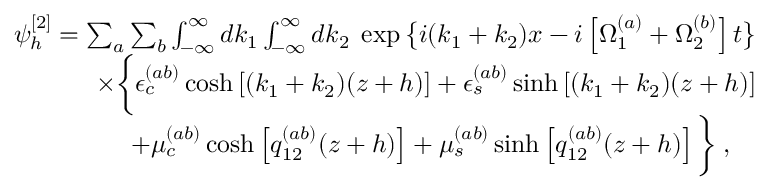
\begin{array} { r l r } & { } & { \psi _ { h } ^ { [ 2 ] } = \sum _ { a } \sum _ { b } \int _ { - \infty } ^ { \infty } d k _ { 1 } \int _ { - \infty } ^ { \infty } d k _ { 2 } \; \exp \big \{ i ( k _ { 1 } + k _ { 2 } ) x - i \left[ \Omega _ { 1 } ^ { ( a ) } + \Omega _ { 2 } ^ { ( b ) } \right] t \big \} } \\ & { } & { \times \bigg \{ \epsilon _ { c } ^ { ( a b ) } \cosh \left[ ( k _ { 1 } + k _ { 2 } ) ( z + h ) \right] + \epsilon _ { s } ^ { ( a b ) } \sinh \left[ ( k _ { 1 } + k _ { 2 } ) ( z + h ) \right] } \\ & { } & { \; \; + \mu _ { c } ^ { ( a b ) } \cosh \left[ q _ { 1 2 } ^ { ( a b ) } ( z + h ) \right] + \mu _ { s } ^ { ( a b ) } \sinh \left[ q _ { 1 2 } ^ { ( a b ) } ( z + h ) \right] \bigg \} \; , \quad } \end{array}